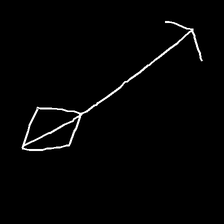
Glyph: focus